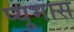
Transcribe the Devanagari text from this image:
प्यूमास